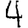
Digit: 4